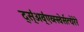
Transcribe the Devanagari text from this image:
द्स्॑अव्॑एव्स्स्वेर्सत्येरेरे